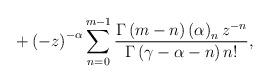
\begin{align*}+\left( -z\right) ^{-\alpha}\sum^{m-1}_{n=0} \frac{\Gamma \left( m-n\right) \left( \alpha \right)_nz^{-n}}{\Gamma\left( \gamma -\alpha -n\right) n!},\end{align*}